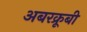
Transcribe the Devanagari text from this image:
अबरक्रूबी